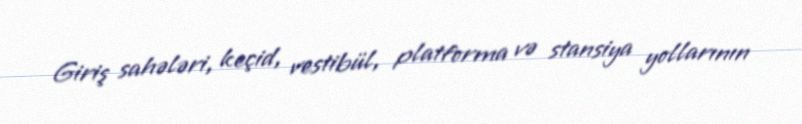
Giriş sahələri, keçid, vestibül, platforma və stansiya yollarının